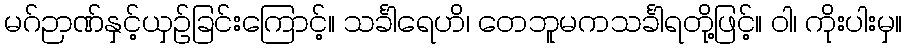
မဂ်ဉာဏ်နှင့်ယှဉ်ခြင်းကြောင့်။ သင်္ခါရေဟိ၊ တေဘူမကသင်္ခါရတို့ဖြင့်။ ဝါ၊ ကိုးပါးမှ။